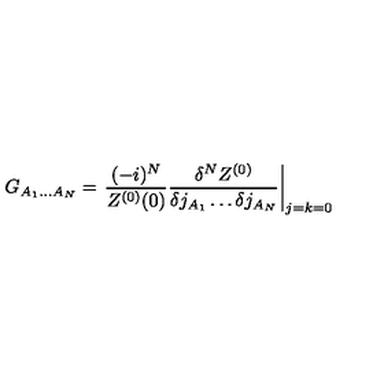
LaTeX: G _ { A _ { 1 } \dots A _ { N } } = \left. \frac { ( - i ) ^ { N } } { Z ^ { ( 0 ) } ( 0 ) } \frac { \delta ^ { N } Z ^ { ( 0 ) } } { \delta j _ { A _ { 1 } } \dots \delta j _ { A _ { N } } } \right| _ { j = k = 0 }